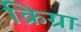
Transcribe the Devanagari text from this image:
क्रिग्रा